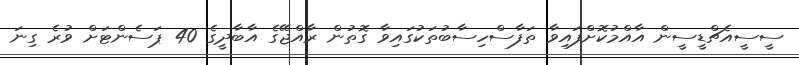
ސީސީއެޗްޑީސީން އާއްމުކޮށްފައިވާ ތަފާސްހިސާބުތަކުގައިވާ ގޮތުން ރާއްޖޭގެ އާބާދީގެ 40 ޕަސެންޓަށް ވުރެ ގިނަ